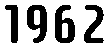
1962